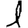
Digit: 1